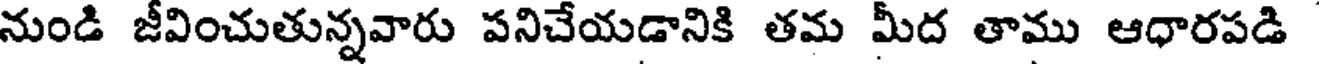
నుండి జీవించుతున్నవారు పనిచేయడానికి తమ మీద తాము ఆధారపడి